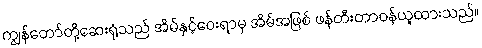
ကျွန်တော်တို့ဆေးရုံသည် အိမ်နှင့်ဝေးရာမှ အိမ်အဖြစ် ဖန်တီးတာဝန်ယူထားသည်။